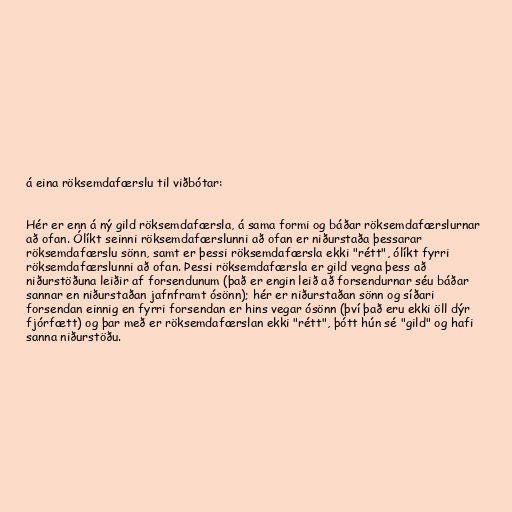
á eina röksemdafærslu til viðbótar:

Hér er enn á ný gild röksemdafærsla, á sama formi og báðar röksemdafærslurnar
að ofan. Ólíkt seinni röksemdafærslunni að ofan er niðurstaða þessarar
röksemdafærslu sönn, samt er þessi röksemdafærsla ekki "rétt", ólíkt fyrri
röksemdafærslunni að ofan. Þessi röksemdafærsla er gild vegna þess að
niðurstöðuna leiðir af forsendunum (það er engin leið að forsendurnar séu báðar
sannar en niðurstaðan jafnframt ósönn); hér er niðurstaðan sönn og síðari
forsendan einnig en fyrri forsendan er hins vegar ósönn (því það eru ekki öll dýr
fjórfætt) og þar með er röksemdafærslan ekki "rétt", þótt hún sé "gild" og hafi
sanna niðurstöðu.